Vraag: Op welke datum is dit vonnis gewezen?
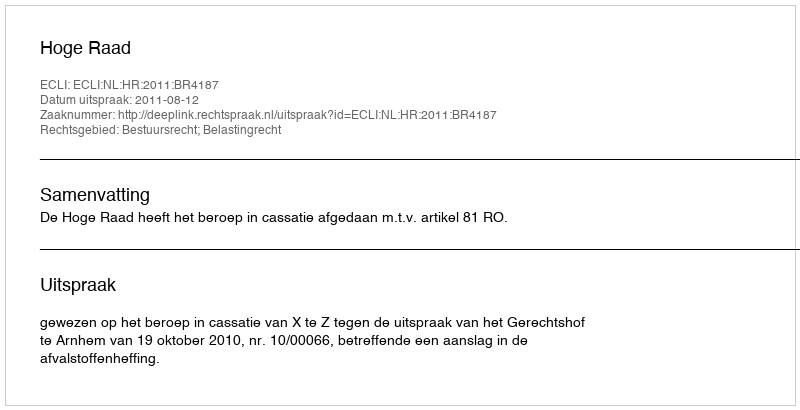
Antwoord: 2011-08-12